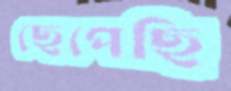
ছেপেছি